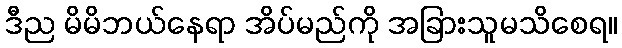
ဒီည မိမိဘယ်နေရာ အိပ်မည်ကို အခြားသူမသိစေရ။